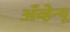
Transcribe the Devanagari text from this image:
अँव्हेन्यू